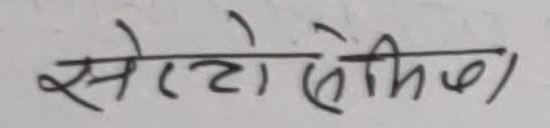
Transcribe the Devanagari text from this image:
सेटोसेमिक्स